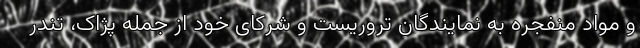
و مواد منفجره به نمایندگان تروریست و شرکای خود از جمله پژاک، تندر